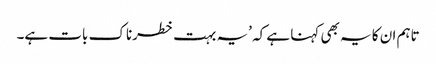
تاہم ان کا یہ بھی کہنا ہے کہ ’یہ بہت خطرناک بات ہے۔